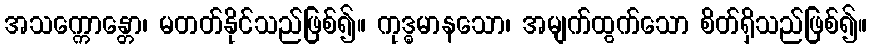
အသက္ကောန္တော၊ မတတ်နိုင်သည်ဖြစ်၍။ ကုဒ္ဓမာနသော၊ အမျက်ထွက်သော စိတ်ရှိသည်ဖြစ်၍။